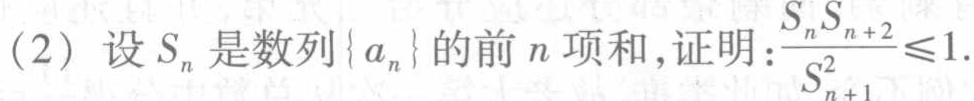
(2) 设\(S_{n}\)是数列\(\{ a_{n}\}\)的前\(n\)项和,证明:\(\frac{S_{n}S_{n + 2}}{S_{n + 1}^{2}}\leqslant1\).